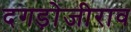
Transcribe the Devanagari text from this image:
दगड़ोजीराव